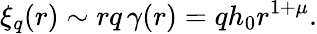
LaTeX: \xi_{q}(r)\sim rq\, \gamma(r)=qh_{0}r^{1+\mu}.